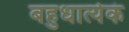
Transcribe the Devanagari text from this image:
बहुधात्येकं